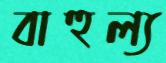
বাহুল্য